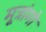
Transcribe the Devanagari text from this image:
मूत्रांगो